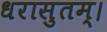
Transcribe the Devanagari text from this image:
धरासुतम्।